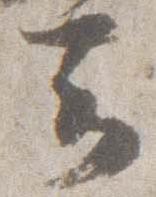
云